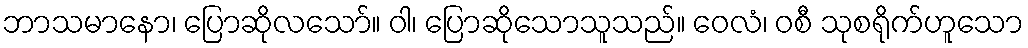
ဘာသမာနော၊ ပြောဆိုလသော်။ ဝါ၊ ပြောဆိုသောသူသည်။ ဝေလံ၊ ဝစီ သုစရိုက်ဟူသော